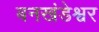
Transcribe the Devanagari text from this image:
बनखंडेश्वर